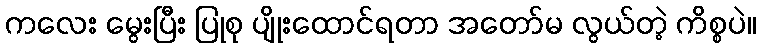
ကလေး မွေးပြီး ပြုစု ပျိုးထောင်ရတာ အတော်မ လွယ်တဲ့ ကိစ္စပဲ။